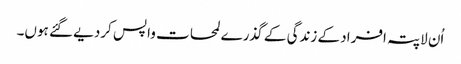
اُن لاپتہ افراد کے زندگی کے گذرے لمحات واپس کردیے گئے ہوں۔